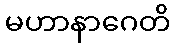
မဟာနာဂေတိ